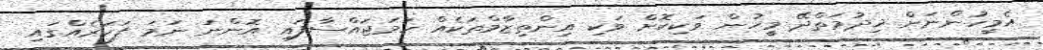
އެމީހުންނަށް ޚިދުމަތްދޭ މީހުން ވަކިކޮށް ވަކި އިންތިޒާމްތަކެއް ހަމަޖައްސާފައި އޮންނަ ނަމަ ފަހަރެއްގައި